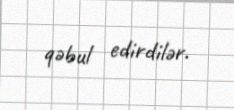
qəbul edirdilər.